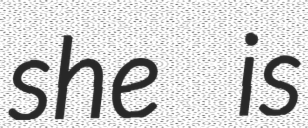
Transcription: she is